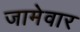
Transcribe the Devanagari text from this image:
जामेवार